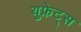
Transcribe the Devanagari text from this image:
युफ्रेट्स